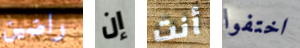
راضين إن أنت اختفوا